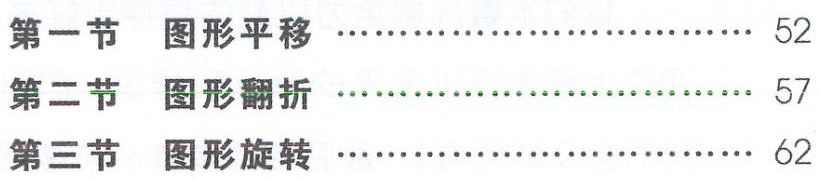
\begin{enumerate}

\item 第一节 图形平移 \hfill 52

\item 第二节 图形翻折 \hfill 57

\item 第三节 图形旋转 \hfill 62

\end{enumerate}